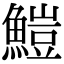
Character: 䱺